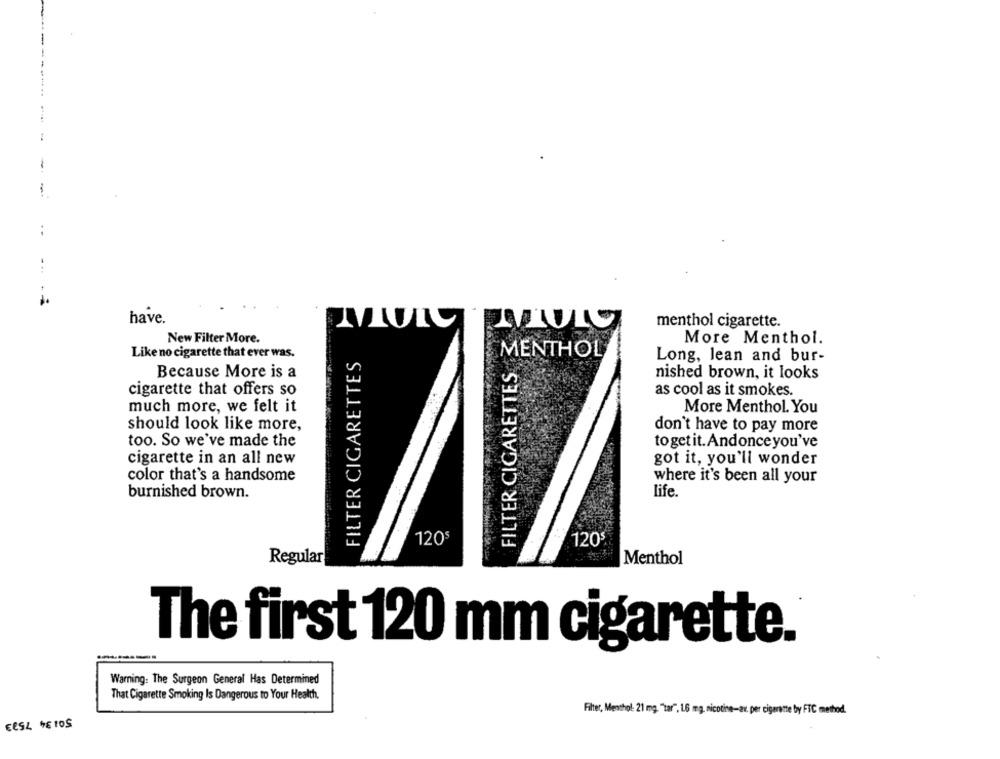
have.
menthol cigarette.
New Filter More.
More Menthol.
Like no cigarette that ever was.
FILTER CIGARETTES
MENTHOL
Long, lean and bur-
FILTER CIGARETTES
Because More is a
nished brown, it looks
cigarette that offers so
as cool as it smokes.
much more, we felt it
More Menthol. You
should look like more,
don't have to pay more
too. So we've made the
togetit. Andonce you've
cigarette in an all new
got it, you'll wonder
color that's a handsome
where it's been all your
life.
burnished brown.
120$
120
Regular
Menthol
The first 120 mm cigarette.
Warning: The Surgeon General Has Determined
That Cigarette Smoking Is Dangerous to Your Health.
Filter, Menthol: 21 mg. "tar", 1.6 mg, nicotine-av. per cigarette by FTC method.
EESLETOS